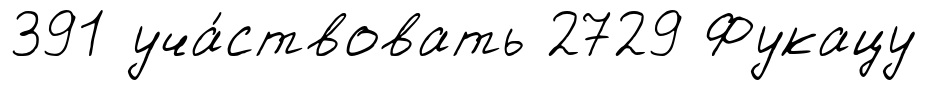
391 уча́ствовать 2729 Фукацу